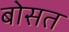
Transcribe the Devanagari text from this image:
बोसत